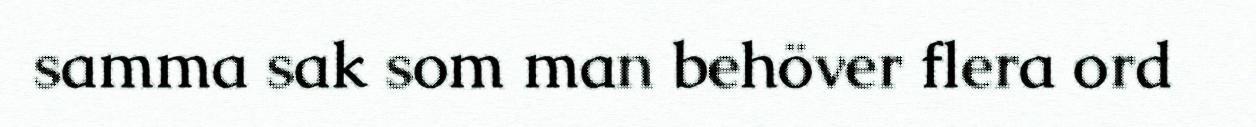
samma sak som man behöver flera ord